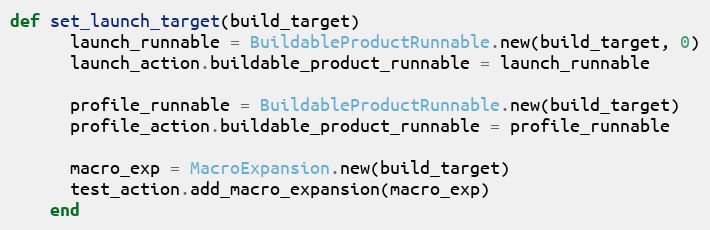
Language: Ruby
def set_launch_target(build_target)
      launch_runnable = BuildableProductRunnable.new(build_target, 0)
      launch_action.buildable_product_runnable = launch_runnable

      profile_runnable = BuildableProductRunnable.new(build_target)
      profile_action.buildable_product_runnable = profile_runnable

      macro_exp = MacroExpansion.new(build_target)
      test_action.add_macro_expansion(macro_exp)
    end